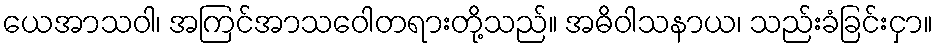
ယေအာသဝါ၊ အကြင်အာသဝေါတရားတို့သည်။ အဓိဝါသနာယ၊ သည်းခံခြင်းငှာ။